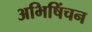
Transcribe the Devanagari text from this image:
अभिषिंचन